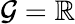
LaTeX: \mathcal{G}=\mathbb{R}